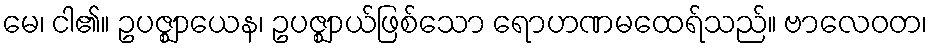
မေ၊ ငါ၏။ ဥပဇ္ဈာယေန၊ ဥပဇ္ဈာယ်ဖြစ်သော ရောဟဏမထေရ်သည်။ ဗာလေဝတ၊